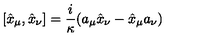
[ \hat { x } _ { \mu } , \hat { x } _ { \nu } ] = \frac { i } { \kappa } ( a _ { \mu } \hat { x } _ { \nu } - \hat { x } _ { \mu } a _ { \nu } )